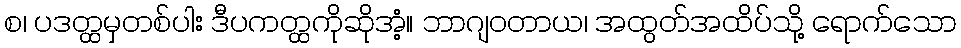
စ၊ ပဒတ္ထမှတစ်ပါး ဒီပကတ္ထကိုဆိုအံ့။ ဘာဂျဝတာယ၊ အထွတ်အထိပ်သို့ ရောက်သော